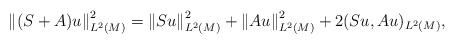
\begin{align*}\left\| (S+A)u \right\|_{L^2(M)}^2 = \left\| S u \right\|_{L^2(M)}^2 + \left\| A u \right\|_{L^2(M)}^2 + 2(S u,A u)_{L^2(M)},\end{align*}